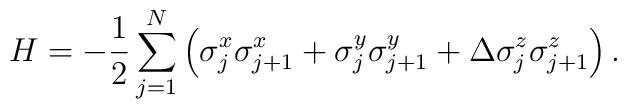
H=-\frac{1}{2}\sum_{j=1}^N\left(\sigma^x_j\sigma^x_{j+1}+\sigma^y_j\sigma^y_{j+1}+\Delta\sigma^z_j\sigma^z_{j+1}\right).